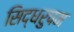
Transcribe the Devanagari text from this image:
सिद्धरुपम